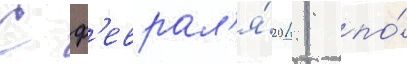
С ф'еврал'я́ 2011 по́